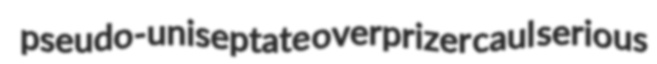
pseudo-uniseptate overprizer caul serious